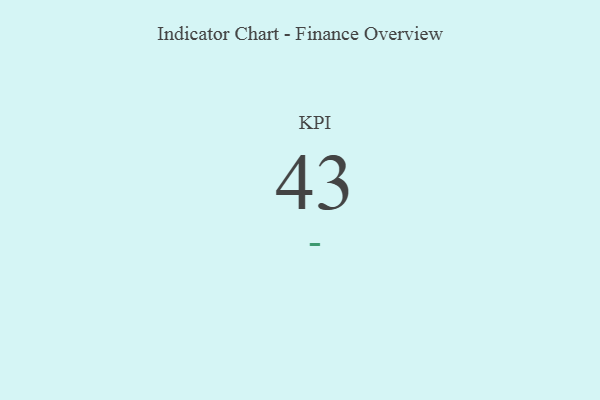
{"axis": {"x": "KPI", "y": "Value"}, "legend": [""], "data": [{"x": "KPI", "y": 43, "type": ""}]}